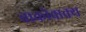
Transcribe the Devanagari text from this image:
वाकोवाक्य